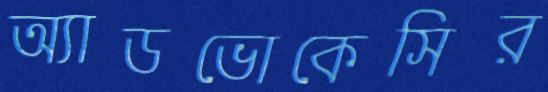
অ্যাডভোকেসির